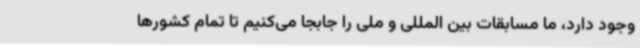
وجود دارد، ما مسابقات بین المللی و ملی را جابجا می‌کنیم تا تمام کشورها